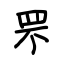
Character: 罘